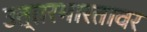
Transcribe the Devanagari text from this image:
उत्तरभारतावर